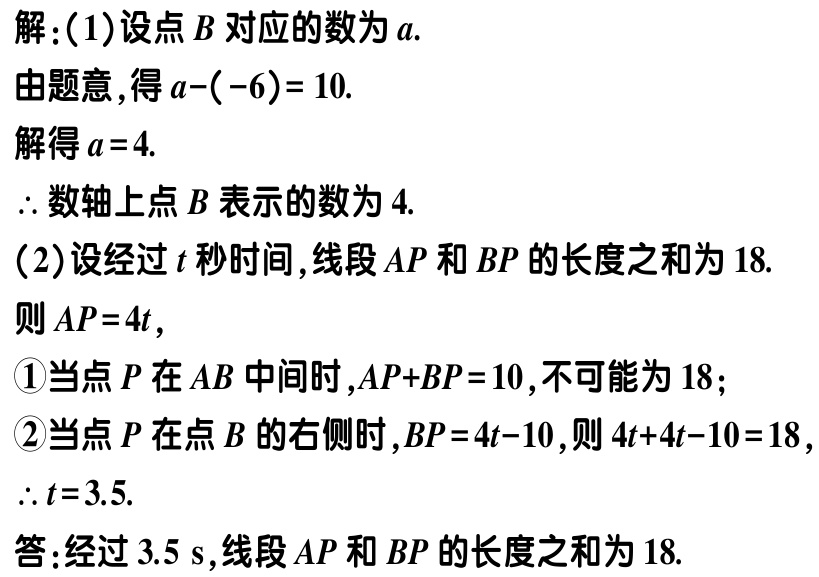
解：(1)设点\(B\)对应的数为\(a\).

由题意，得\(a - (-6)=10\).

解得\(a = 4\).

\(\therefore\)数轴上点\(B\)表示的数为\(4\).

(2)设经过\(t\)秒时间，线段\(AP\)和\(BP\)的长度之和为\(18\).

则\(AP = 4t\)，

\textcircled{1}当点\(P\)在\(AB\)中间时，\(AP + BP = 10\)，不可能为\(18\)；

\textcircled{2}当点\(P\)在点\(B\)的右侧时，\(BP = 4t - 10\)，则\(4t + 4t - 10 = 18\)，

\(\therefore t = 3.5\).

答：经过\(3.5\ s\)，线段\(AP\)和\(BP\)的长度之和为\(18\).